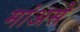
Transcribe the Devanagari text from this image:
मांअसे